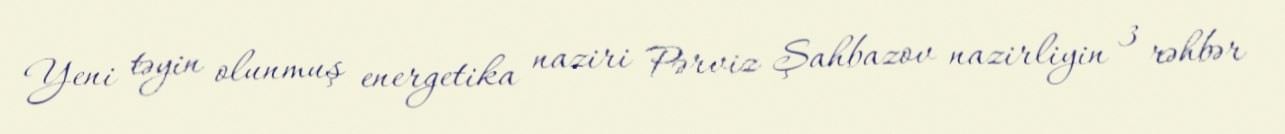
Yeni təyin olunmuş energetika naziri Pərviz Şahbazov nazirliyin 3 rəhbər